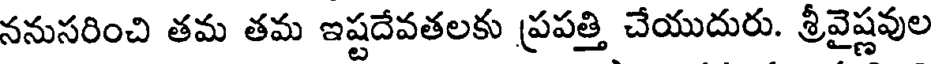
ననుసరించి తమ తమ ఇష్టదేవతలకు ప్రపత్తి చేయుదురు. శ్రీవైష్ణవుల